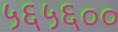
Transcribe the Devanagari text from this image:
५६५६००